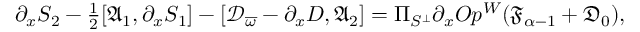
\begin{array} { r } { \partial _ { x } S _ { 2 } - \frac { 1 } { 2 } [ \mathfrak { A } _ { 1 } , \partial _ { x } S _ { 1 } ] - [ \mathcal { D } _ { \overline { { \omega } } } - \partial _ { x } D , \mathfrak { A } _ { 2 } ] = \Pi _ { S ^ { \perp } } \partial _ { x } O p ^ { W } ( \mathfrak { F } _ { \alpha - 1 } + \mathfrak { D } _ { 0 } ) , } \end{array}